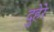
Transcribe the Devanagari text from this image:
दुहेरे